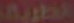
الطريق